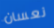
نعسان